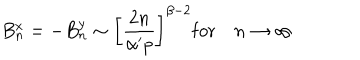
LaTeX: B _ { n } ^ { x } = - B _ { n } ^ { y } \sim \left[ \frac { 2 n } { \alpha ^ { \prime } p } \right] ^ { \beta - 2 } \mathrm { f o r } \quad n \rightarrow \infty